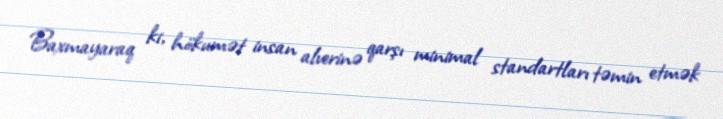
Baxmayaraq ki, hökumət insan alverinə qarşı minimal standartları təmin etmək